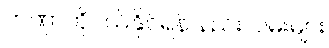
တဏှာကိုပယ်နိုင်ရန် နည်းလမ်းများ